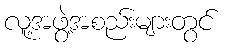
လူ့အဖွဲ့အစည်းများတွင်